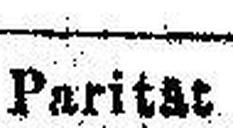
Parität